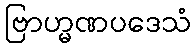
ဗြာဟ္မဏပဒေသံ